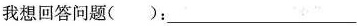
我想回答问题()：___